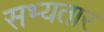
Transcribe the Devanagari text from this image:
सभ्यतार